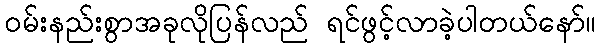
ဝမ်းနည်းစွာအခုလိုပြန်လည် ရင်ဖွင့်လာခဲ့ပါတယ်နော်။